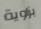
بزاوية